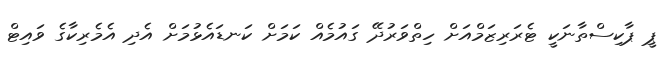
ޕީ ޕާކިސްތާނަކީ ޓެރަރިޒަމްއަށް ހިތްވަރުދޭ ގައުމެއް ކަމަށް ކަނޑައެޅުމަށް އެދި އެމެރިކާގެ ވައިޓް